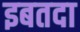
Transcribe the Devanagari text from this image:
इबतदा